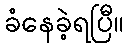
ခံနေခဲ့ရပြီ။